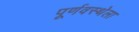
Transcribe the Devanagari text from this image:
पूर्णवस्थेला